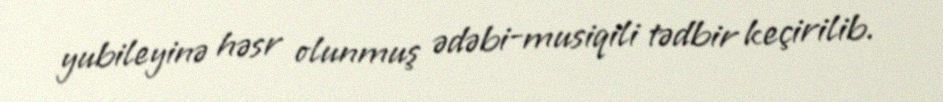
yubileyinə həsr olunmuş ədəbi-musiqili tədbir keçirilib.